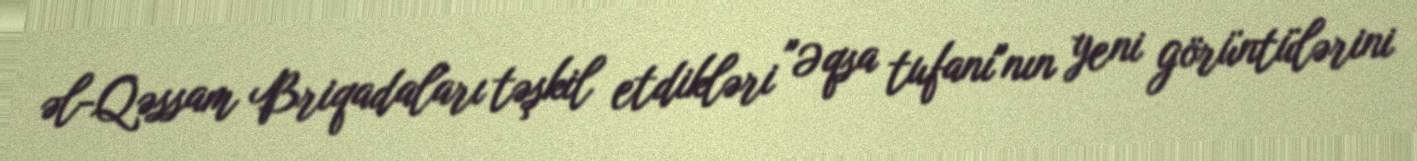
əl-Qəssam Briqadaları təşkil etdikləri "Əqsa tufanı"nın yeni görüntülərini